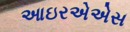
આઇરએએસ